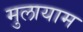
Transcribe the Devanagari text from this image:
मुलायाम